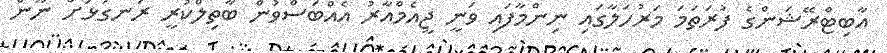
އާބިޓްރޭޝަންގެ ފުރަތަމަ މަރުހަލާގައި ނިންމާފައި ވަނީ ޖީއެމްއާރު އެއްބަސްވުން ބާތިލްކުރީ ރަނގަޅަށް ނޫން